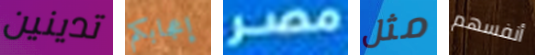
تدينين إعجابكم مصر مثل أنفسهم